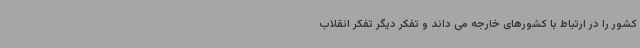
کشور را در ارتباط با کشورهای خارجه می داند و تفکر دیگر تفکر انقلاب